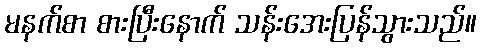
မနက်စာ စားပြီးနောက် သန်းအေးပြန်သွားသည်။